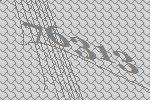
76313